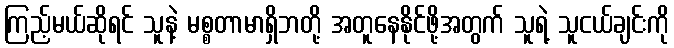
ကြည့်မယ်ဆိုရင် သူနဲ့ မစ္စတာမာရှိဘတို့ အတူနေနိုင်ဖို့အတွက် သူရဲ့ သူငယ်ချင်းကို